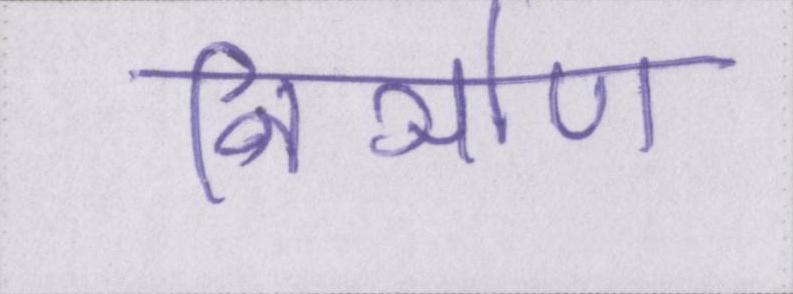
निर्ञाण